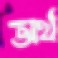
অর্থ